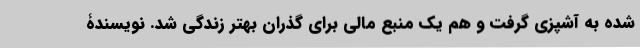
شده به آشپزی گرفت و هم یک منبع مالی برای گذران بهتر زندگی شد. نویسندۀ